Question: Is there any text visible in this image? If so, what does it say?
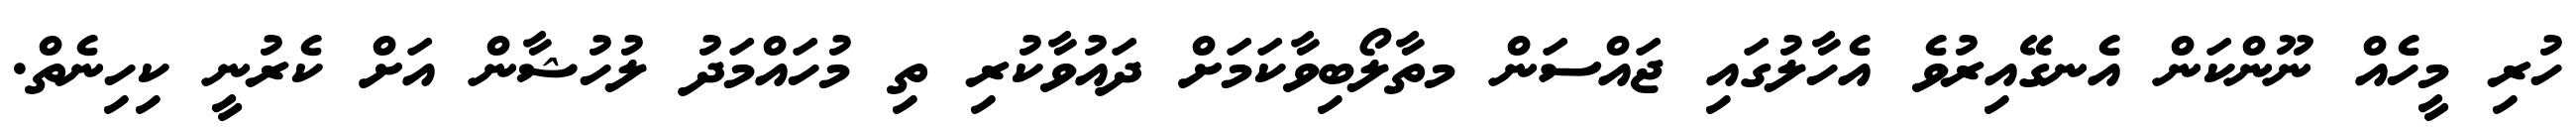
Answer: ހުރި މީހެއް ނޫންކަން އެނގޭއިރުވެ އެހާލުގައި ޖައްސަން މތާލޯބިވާކަމަށް ދައުވާކުރި ތި މުހައްމަދު ލުހުޝާން އަށް ކެރުނީ ކިހިނެތް.